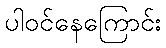
ပါဝင်နေကြောင်း